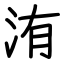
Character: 洧